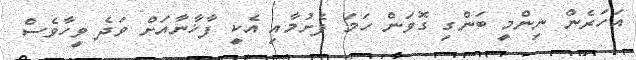
އަހަރެން ނިންމީ ބަންގި ގޮވަން ހަމަ ފެށުމާއި އެކީ ފާޚާނާއަށް ވަދެ ވީހާވެސް